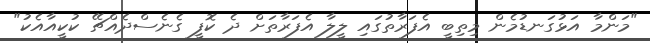
"މަންމާ އަޅުގަނޑުމެން މިތިބީ އެފަރާތުގައި ލީލާ އެފަރާތަށް ދެ ކޮފީ ގެނެސްދެއްޗޭ ކުކީއާއެކު"